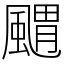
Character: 䬑